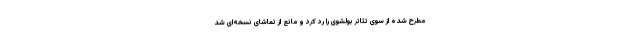
مطرح شده از سوی تئاتر بولشوی را رد کرد و مانع از تماشای نسخه‌ای شد